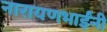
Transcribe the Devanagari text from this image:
नारायणभाईंनी